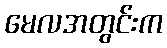
မေလအတွင်းက